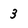
Character: 3